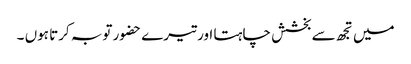
میں تجھ سے بخشش چاہتا اور تیرے حضور توبہ کرتا ہوں ۔